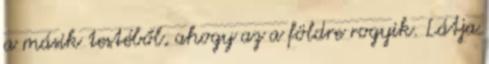
a másik testéből, ahogy az a földre rogyik. Látja